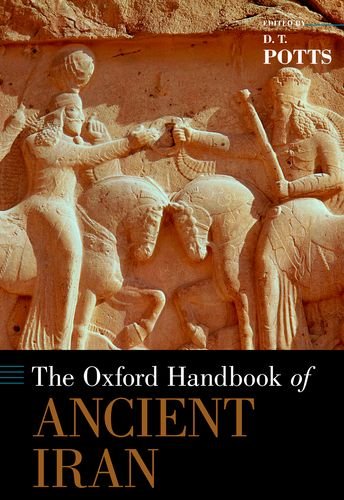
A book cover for The Oxford Handbook of Ancient Iran (Oxford Handbooks); History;